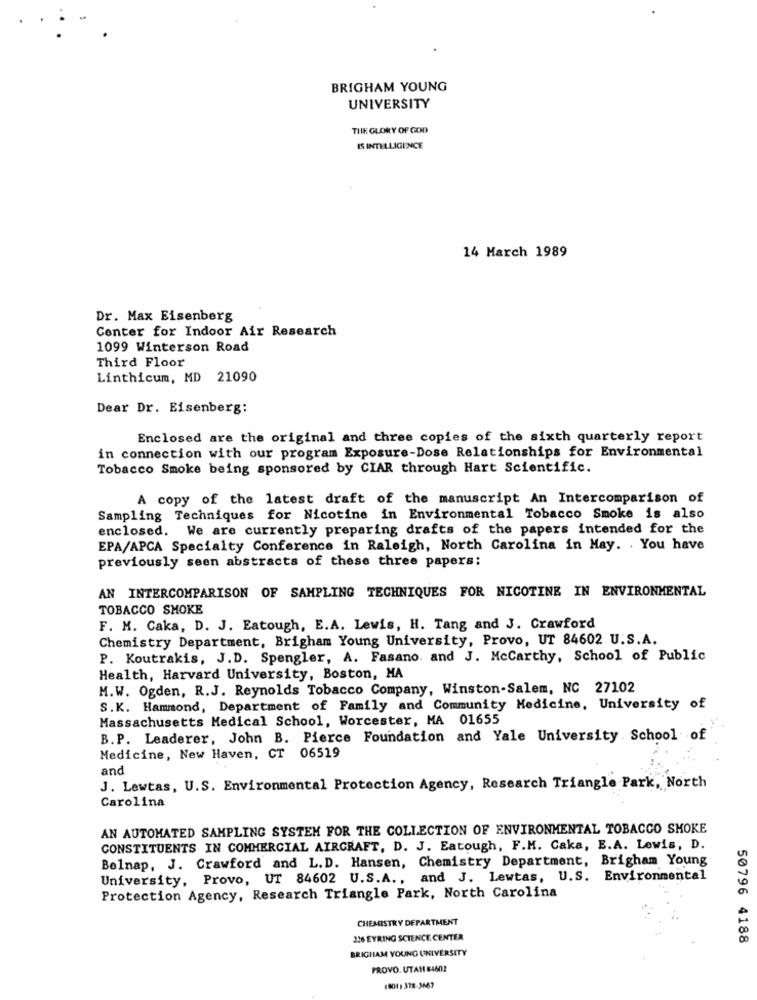
BRIGHAM YOUNG
UNIVERSITY
THE GLORY OF GOD
IS INTELLIGENCE
14 March 1989
Dr. Max Eisenberg
Center for Indoor Air Research
1099 Winterson Road
Third Floor
Linthicum, MD 21090
Dear Dr. Eisenberg:
Enclosed are the original and three copies of the sixth quarterly report
in connection with our program Exposure-Dose Relationships for Environmental
Tobacco Smoke being sponsored by CIAR through Hart Scientific.
A copy of the latest draft of the manuscript An Intercomparison of
Sampling Techniques for Nicotine in Environmental Tobacco Smoke is also
enclosed. We are currently preparing drafts of the papers intended for the
EPA/APCA Specialty Conference in Raleigh, North Carolina in May. . You have
previously seen abstracts of these three papers:
AN INTERCOMPARISON OF SAMPLING TECHNIQUES FOR NICOTINE IN ENVIRONMENTAL
TOBACCO SMOKE
F. M. Caka, D. J. Eatough, E.A. Lewis, H. Tang and J. Crawford
Chemistry Department, Brigham Young University, Provo, UT 84602 U.S.A.
P. Koutrakis, J.D. Spengler, A. Fasano. and J. Mccarthy, School of Public
Health, Harvard University, Boston, MA
M.W. Ogden, R.J. Reynolds Tobacco Company, Winston-Salem, NC 27102
S.K. Hammond, Department of Family and Community Medicine, University of
Massachusetts Medical School, Worcester, MA 01655
B.P. Leaderer, John B. Pierce Foundation and Yale University School of
Medicine, New Haven, CT 06519
and
J. Lewtas, U.S. Environmental Protection Agency, Research Triangle Park, North
Carolina
AN AUTOMATED SAMPLING SYSTEM FOR THE COLLECTION OF ENVIRONMENTAL TOBACCO SMOKE
CONSTITUENTS IN COMMERCIAL AIRCRAFT, D. J. Eatough, F.M. Caka, E.A. Lewis, D.
Belnap, J. Crawford and L.D. Hansen, Chemistry Department, Brigham Young
University, Provo, UT 84602 U.S.A ., and J. Lewtas, U.S. Environmental
Protection Agency, Research Triangle Park, North Carolina
CHEMISTRY DEPARTMENT
126 EYRING SCIENCE CENTER
50796 4188
BRIGIIAM YOUNG UNIVERSITY
PROVO, UTAH 84602
(801 1 378-3667